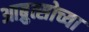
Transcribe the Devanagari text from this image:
आब्रुत्सोच्या